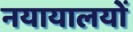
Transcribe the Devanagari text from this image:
नयायालयों